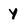
Character: Y